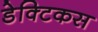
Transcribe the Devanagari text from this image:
डेक्टिकस